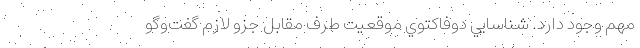
مهم وجود دارد. شناسايي دوفاكتوي موقعيت طرف مقابل جزو لازم گفت‌وگو